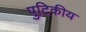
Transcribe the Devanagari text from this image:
पुटिकीय